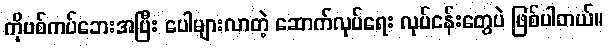
ကိုဗစ်ကပ်ဘေးအပြီး ပေါများလာတဲ့ ဆောက်လုပ်ရေး လုပ်ငန်းတွေပဲ ဖြစ်ပါတယ်။